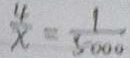
\frac { 4 } { x } = \frac { 1 } { 5 0 0 0 }